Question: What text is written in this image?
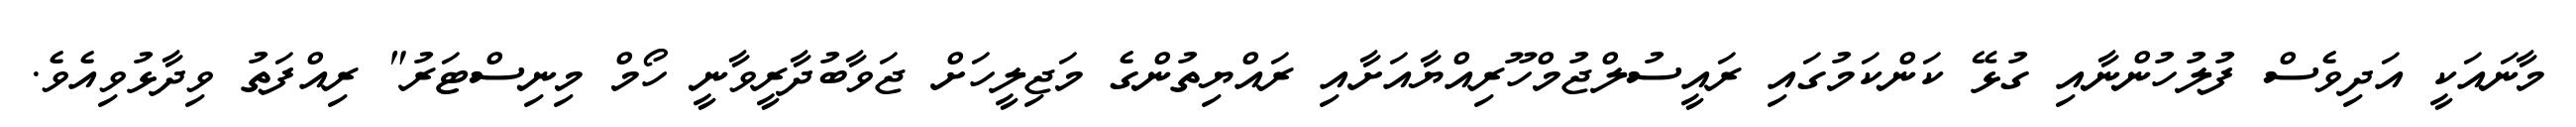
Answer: މާނައަކީ އަދިވެސް ފުލުހުންނާއި ގުޅޭ ކަންކަމުގައި ރައީސުލްޖުމްހޫރިއްޔާއަށާއި ރައްޔިތުންގެ މަޖިލީހަށް ޖަވާބުދާރީވާނީ ހޯމް މިނިސްޓަރު" ރިއްފަތު ވިދާޅުވިއެވެ.